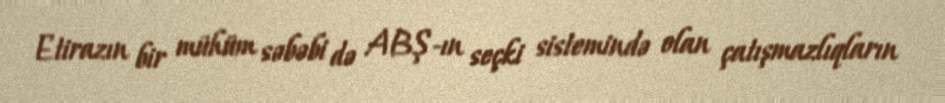
Etirazın bir mühüm səbəbi də ABŞ-ın seçki sistemində olan çatışmazlıqların